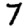
Digit: 7